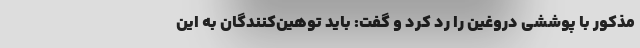
مذکور با پوششی دروغین را رد کرد و گفت: باید توهین‌کنندگان به این